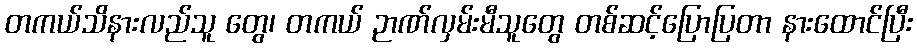
တကယ်သိနားလည်သူ တွေ၊ တကယ် ဉာဏ်လှမ်းမီသူတွေ တစ်ဆင့်ပြောပြတာ နားထောင်ပြီး